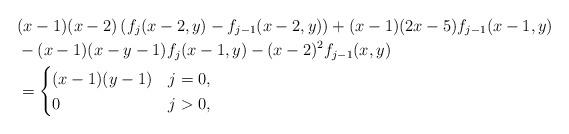
LaTeX: \begin{align*}&(x-1)(x-2) \left(f_j(x-2,y) - f_{j-1}(x-2,y) \right) + (x-1)(2x-5) f_{j-1}(x-1, y)\\&-(x-1)(x-y-1)f_j(x-1,y) - (x-2)^2 f_{j-1}(x,y)\\&= \begin{cases}(x-1)(y-1) & j= 0,\\0 & j > 0,\end{cases}\end{align*}